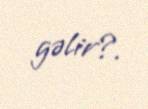
gəlir?.